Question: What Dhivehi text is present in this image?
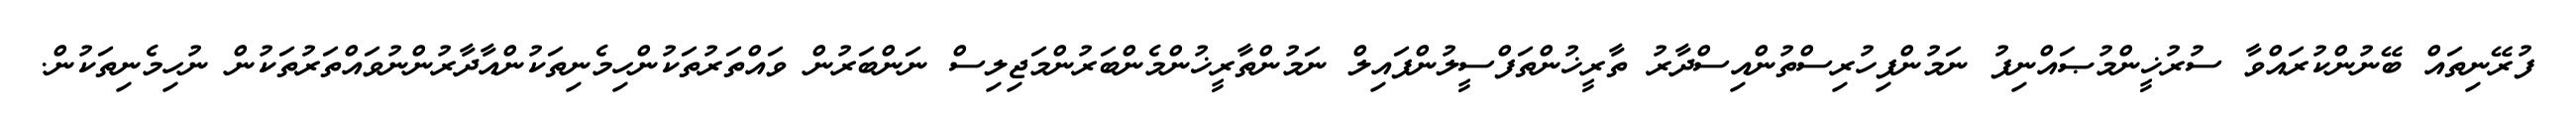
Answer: ފުރޭނިތައް ބޭނުންކުރައްވާ ސުރުޚީންމުޞައްނިފު ނަމުންފިހުރިސްތުންއިސްދާރު ތާރީޚުންތަފްސީލުންފައިލް ނަމުންތާރީޚުންމެންބަރުންމަޖިލިސް ނަންބަރުން ވައްތަރުތަކުންހިމެނިތަކުންއާދާރުންނުވައްތަރުތަކުން ނުހިމެނިތަކުން.